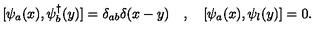
[ \psi _ { a } ( x ) , \psi _ { b } ^ { \dagger } ( y ) ] = \delta _ { a b } \delta ( x - y ) \quad , \quad [ \psi _ { a } ( x ) , \psi _ { l } ( y ) ] = 0 .